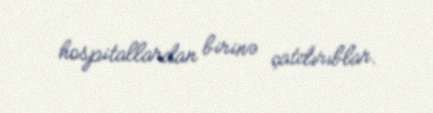
hospitallardan birinə çatdırıblar.